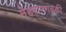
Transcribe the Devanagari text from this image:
मेहरानगढ़की